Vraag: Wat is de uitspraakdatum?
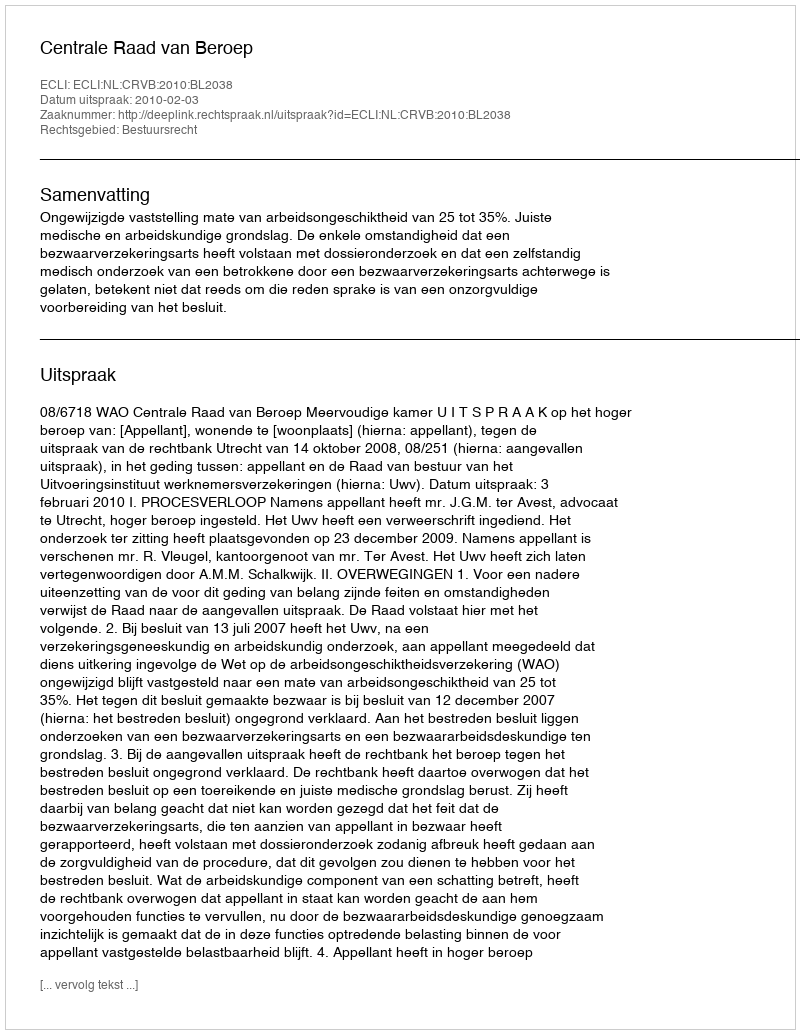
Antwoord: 2010-02-03